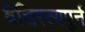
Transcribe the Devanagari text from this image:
वैशिस्त्यपुर्न